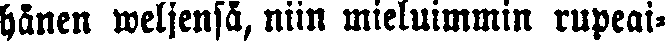
hänen weljensä, niin mieluimmin rupeai-